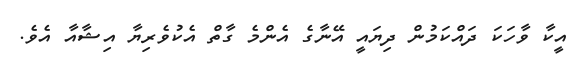
އީކާ ވާހަކަ ދައްކަމުން ދިޔައީ އޭނާގެ އެންމެ ގާތް އެކުވެރިޔާ އިޝާއާ އެވެ.